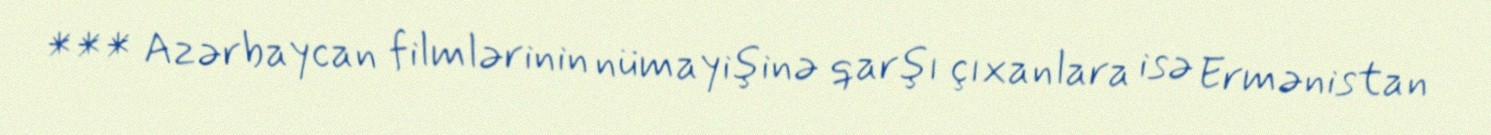
*** Azərbaycan filmlərinin nümayişinə qarşı çıxanlara isə Ermənistan